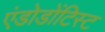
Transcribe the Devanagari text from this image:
एंडोडोंटिस्ट